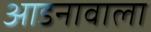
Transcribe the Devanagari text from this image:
आडनावाला